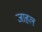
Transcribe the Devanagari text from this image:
जाहल